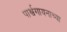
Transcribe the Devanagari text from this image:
पार्श्वगायनाच्या